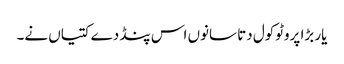
یار بڑا پروٹوکول دتا سانوں اس پنڈ دے کتیاں نے۔